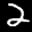
Label: 2